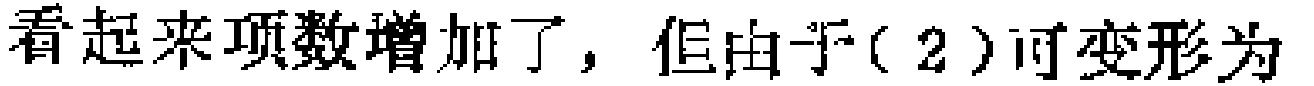
看起来项数增加了，但由于（2）可变形为